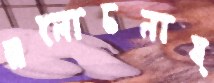
আলোচনায়